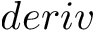
d e r i v